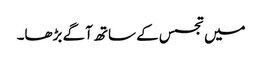
میں تجسس کے ساتھ آگے بڑھا۔